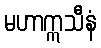
မဟာဣသီနံ